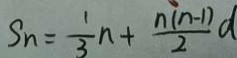
S _ { n } = \frac { 1 } { 3 } n + \frac { n ( n - 1 ) } { 2 } d